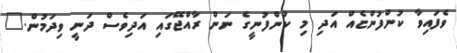
ވެފައިވާ ކުންފުންޏެއް އަދި މި ކުންފުނީގެ ނަން ރާއްޖޭގައި އަދިވެސް ދަނީ ވިދަމުން."